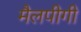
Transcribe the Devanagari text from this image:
मैलपीगी